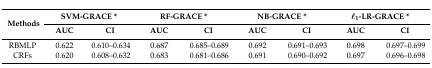
| <ROWSPAN=2> Methods | <COLSPAN=2> SVM-GRACE * | <COLSPAN=2> RF-GRACE * | <COLSPAN=2> NB-GRACE * | <COLSPAN=2> l1-LR-GRACE * |
 | AUC | CI | AUC | CI | AUC | CI | AUC | CI |
 | --- | --- | --- | --- | --- | --- | --- | --- | --- |
 | RBMLP | 0.622 | 0.610–0.634 | 0.687 | 0.685–0.689 | 0.692 | 0.691–0.693 | 0.698 | 0.697–0.699 |
 | CRFs | 0.620 | 0.608–0.632 | 0.683 | 0.681–0.686 | 0.691 | 0.690–0.692 | 0.697 | 0.696–0.698 |